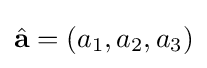
{\hat {\mathbf {a} }}=(a_{1},a_{2},a_{3})